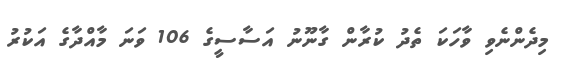
މިދެންނެވި ވާހަކަ ތެދު ކުރާން ގާނޫނު އަސާސީގެ 106 ވަނަ މާއްދާގެ އަކުރު